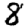
Digit: 8